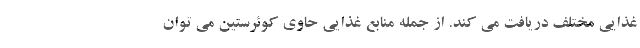
غذایی مختلف دریافت می کند. از جمله منابع غذایی حاوی کوئرستین می توان